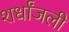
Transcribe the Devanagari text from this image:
शर्धांजली